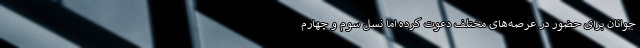
جوانان برای حضور در عرصه‌های مختلف دعوت کرده اما نسل سوم و چهارم